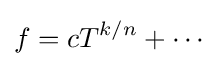
f=cT^{k/n}+\cdots